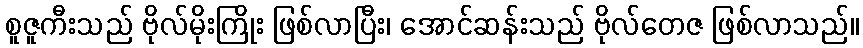
စူဇူကီးသည် ဗိုလ်မိုးကြိုး ဖြစ်လာပြီး၊ အောင်ဆန်းသည် ဗိုလ်တေဇ ဖြစ်လာသည်။